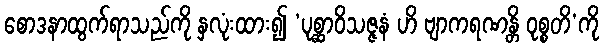
စောဒနာထွက်ရာသည်ကို နှလုံးထား၍ ‘ပုစ္ဆာဝိသဇ္ဇနံ ဟိ ဗျာကရဏန္တိ ဝုစ္စတိ’ကို